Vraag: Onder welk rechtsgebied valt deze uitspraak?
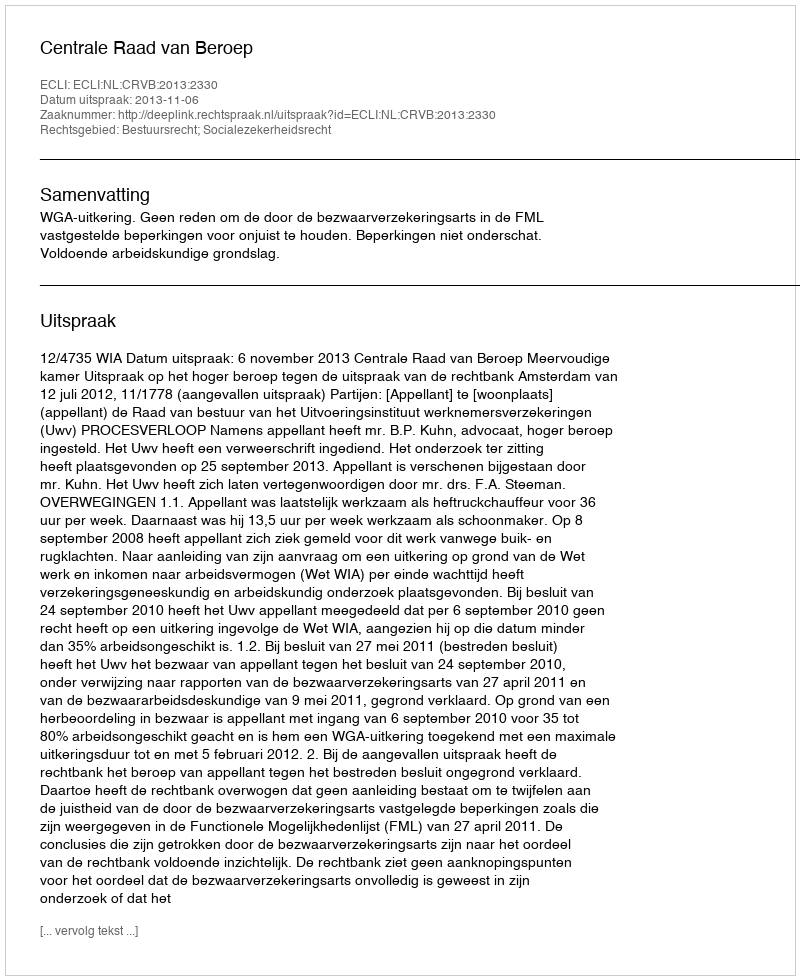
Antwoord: Bestuursrecht; Socialezekerheidsrecht